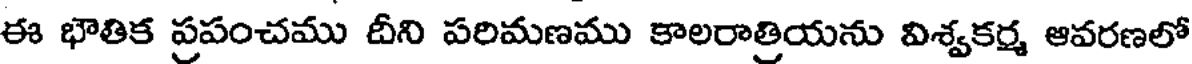
ఈ భౌతిక ప్రపంచము దీని పరిమణము కాలరాత్రియను విశ్వకర్మ ఆవరణలో